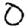
Digit: 0